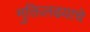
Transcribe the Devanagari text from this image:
मुक्तिलढयाचे